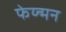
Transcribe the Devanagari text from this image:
फेय्न्मन